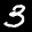
Label: 3